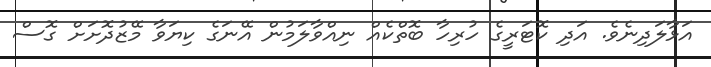
އަޅާލަދިނެވެ. އަދި ކޮޓަރީގެ ހުރިހާ ބޮތްކެއް ނިއްވާލަމުން އޭނަގެ ކިޔަވާ މޭޒުދޮށަށް ގޮސް